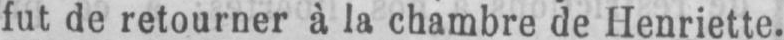
fut de retourner à la chambre de Henriette.